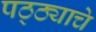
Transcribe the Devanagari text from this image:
पठ्ठ्याचे